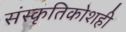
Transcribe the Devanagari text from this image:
संस्कृतिकोशही